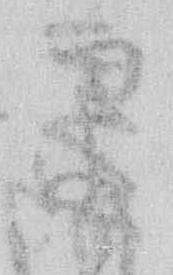
早